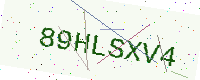
Text: 89HLSXV4